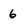
Character: 6